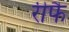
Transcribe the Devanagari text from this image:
रीफै